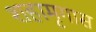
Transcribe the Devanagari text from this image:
शहामृगास